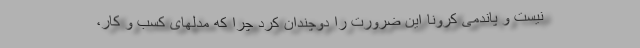
نیست و پاندمی کرونا این ضرورت را دوچندان کرد چرا که مدلهای کسب و کار،